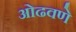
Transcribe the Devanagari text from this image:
ओढवणे